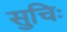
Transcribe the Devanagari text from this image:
सुचिः